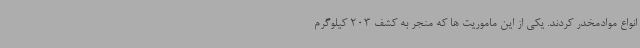
انواع موادمخدر کردند. یکی از این ماموریت ها که منجر به کشف 203 کیلوگرم